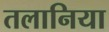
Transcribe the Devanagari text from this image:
तलानिया